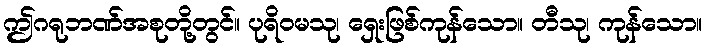
ဤဂရုဘဏ်အစုတို့တွင်။ ပုရိဝမသု၊ ရှေးဖြစ်ကုန်သော။ တီသု၊ ကုန်သော။